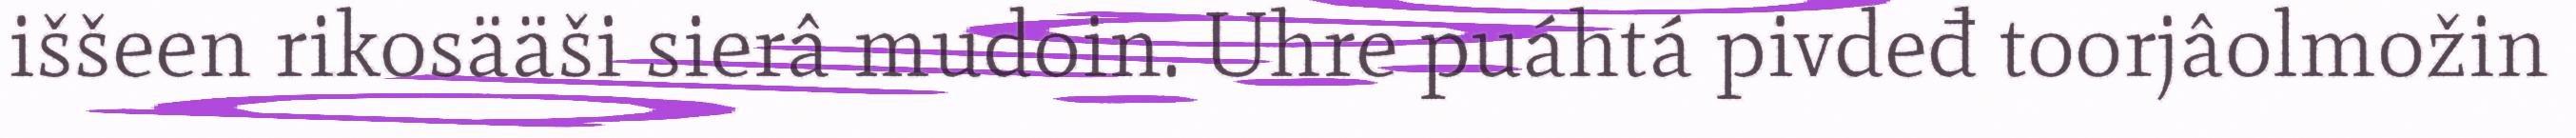
iššeen rikosääši sierâ mudoin. Uhre puáhtá pivdeđ toorjâolmožin